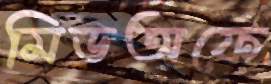
মিডঅফে